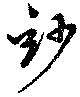
妙